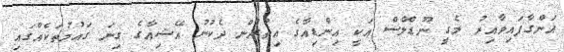
އަންގާފައިވާއިރު މެގީ ނޫޑްލްސް އަކީ އިންޑިއާގެ އިތުރުން ދެކުނު އޭޝިއާގެ ގިނަ ގައުމުތަކެއްގައި